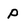
Character: P